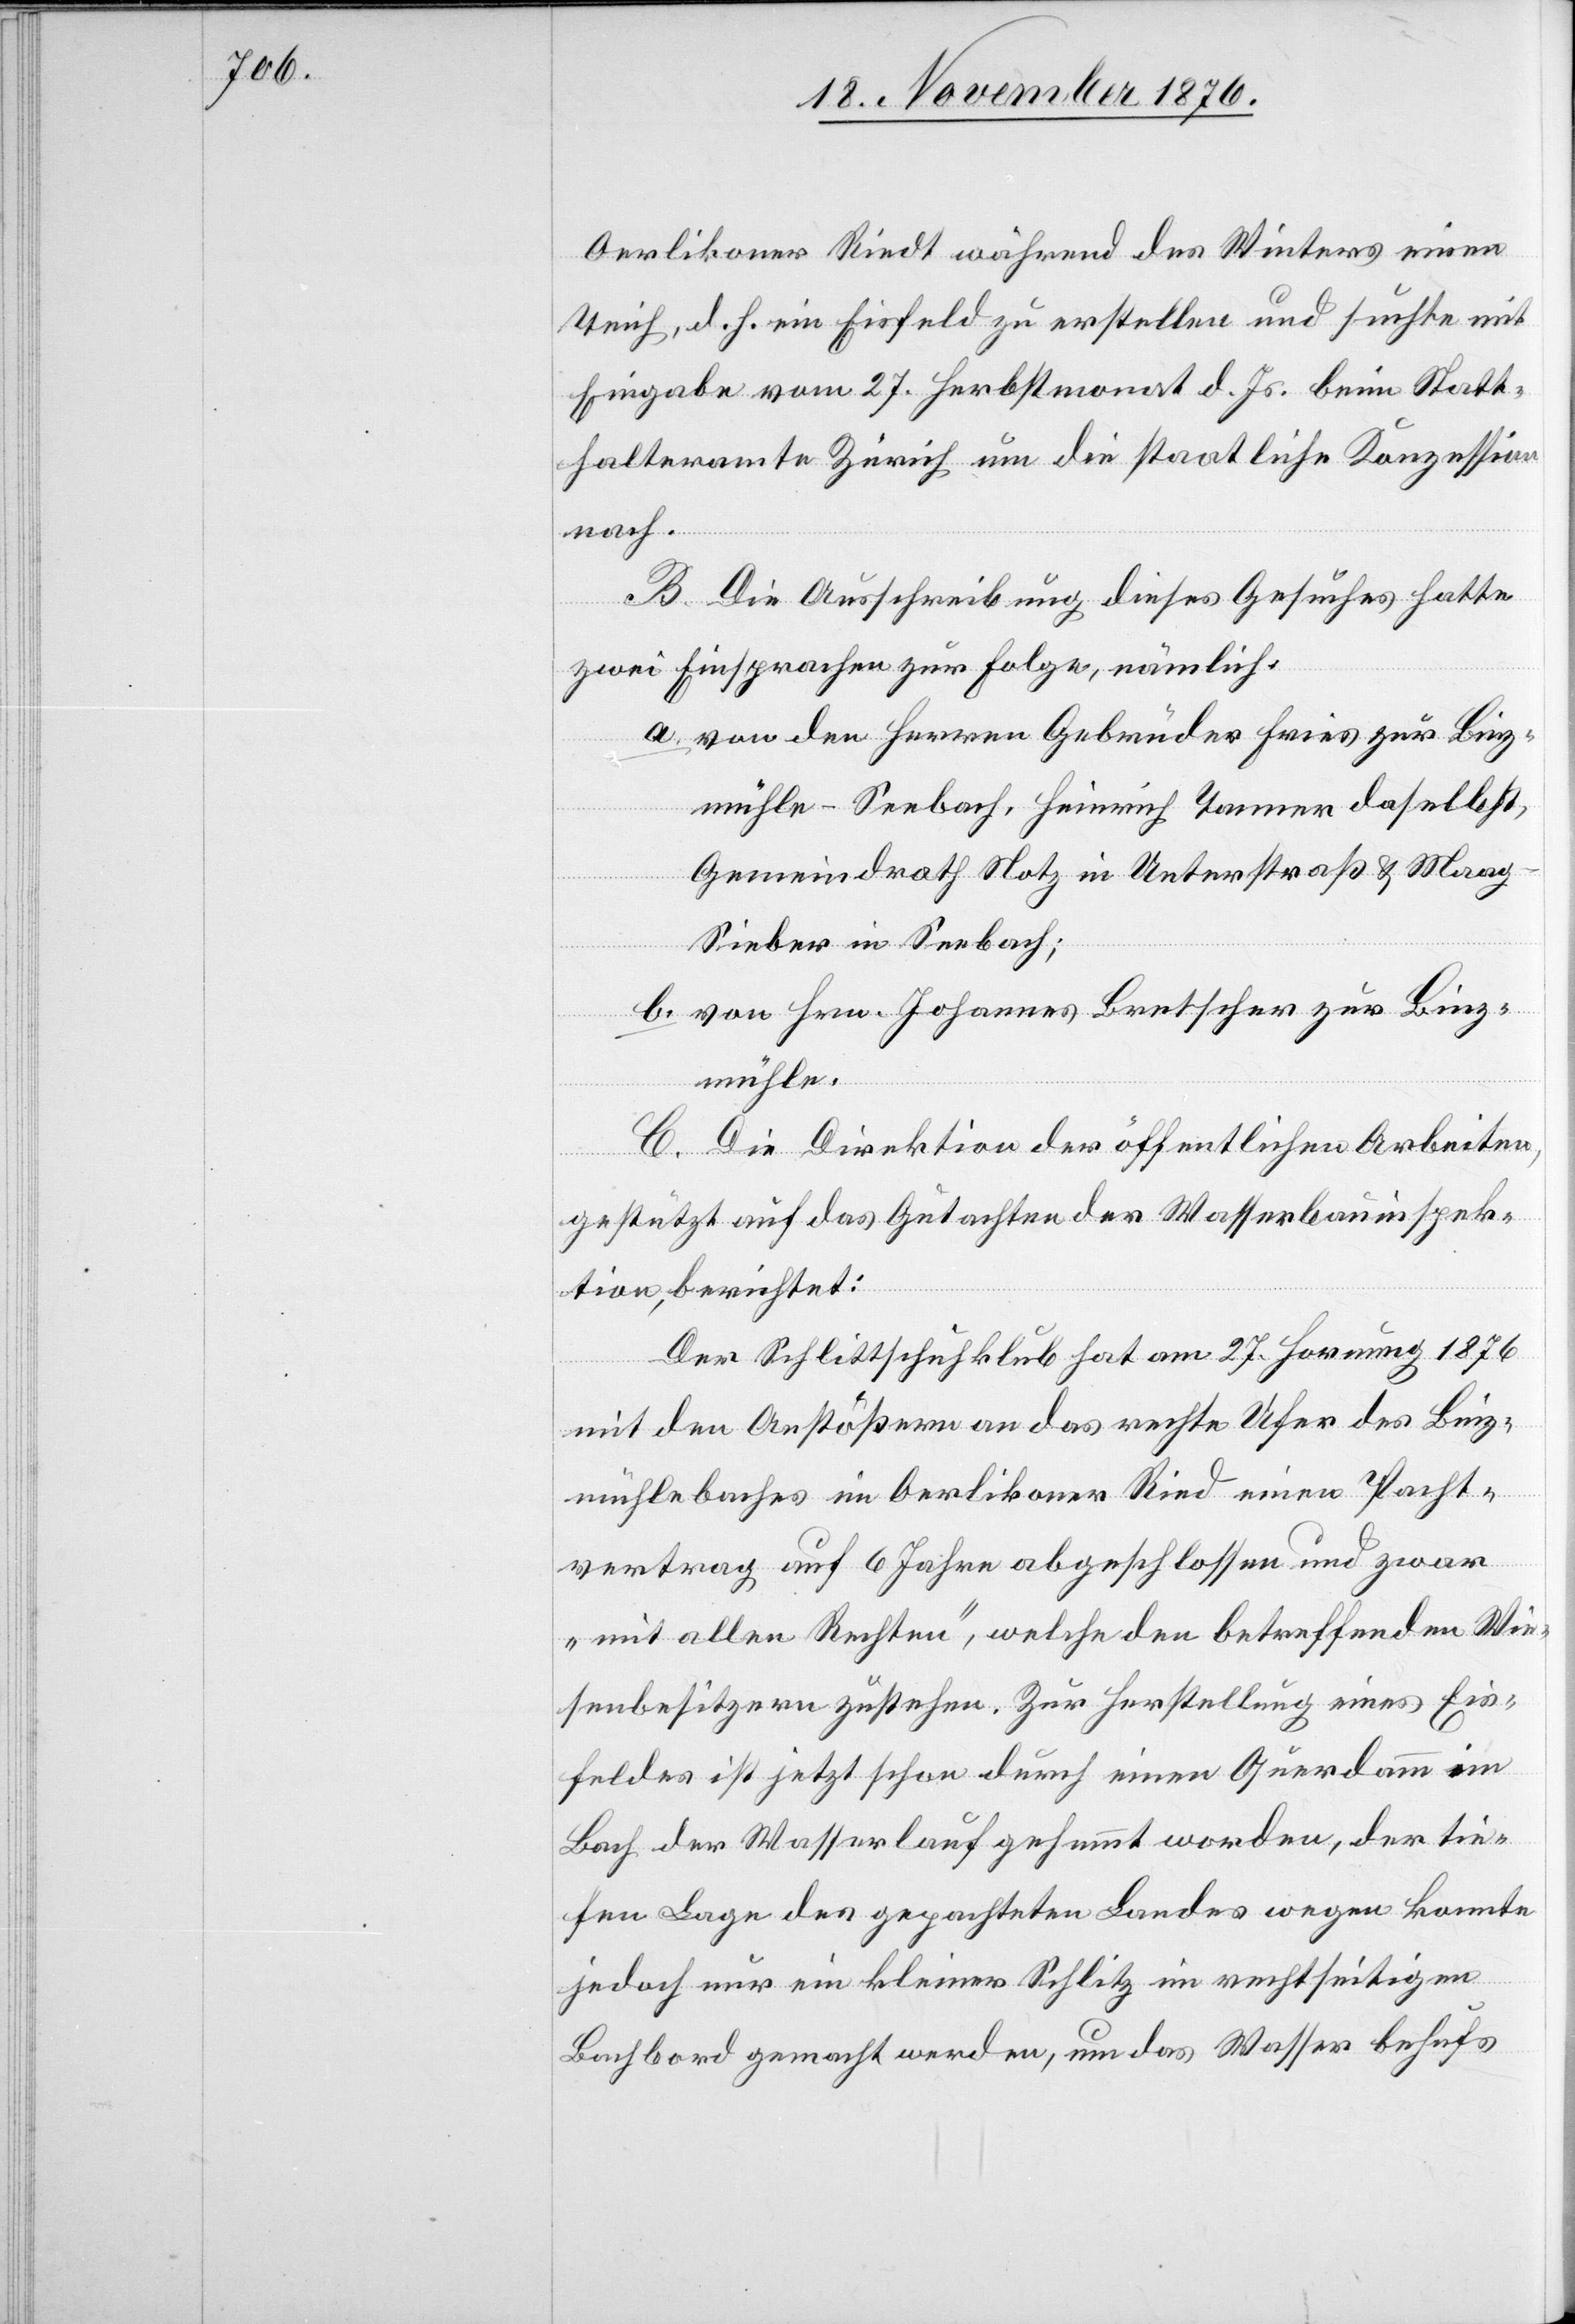
Oerlikoner Riedt während des Winters einen
Teich, d. h. ein Eisfeld zu erstellen und suchte mit
Eingabe vom 27. Herbstmonat d. Js. beim Staat¬
halteramte Zürich um die staatliche Konzession
nach.
B. Die Ausschreibung dieses Gesuches hatte
zwei Einsprachen zur Folge, nämlich:
a. von den Herren Gebrüder Fries zur Binz¬
mühle - Seebach, Heinrich Tanner daselbst,
Gemeindrath Notz in Unterstraß & Maa¬
g-Sieber in Seebach;
b. von Hrn. Johannes Bretscher zur Binz¬
mühle.
C. Die Direktion der öffentlichen Arbeiten,
gestützt auf das Gutachten der Wasserbauinspek¬
tion, berichtet:
Der Schlittschuhklub hat am 27. Hornung 1876
mit den Anstößern an das rechte Ufer des Binz¬
mühlebaches im Oerlikoner Ried einen Pacht¬
vertrag auf 6 Jahre abgeschlossen und zwar
„mit allen Rechten“, welche den betreffenden Wie¬
senbesitzern zustehen. Zur Herstellung eines Eis¬
feldes ist jetzt schon durch einen Querdamm im
Bach der Wasserlauf gehemmt worden der tie¬
fen Lage des gepachteten Landes wegen konnte
jedoch nur ein kleiner Schlitz im rechtseitigen
Bachbord gemacht werden, um das Wasser behufs